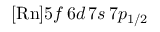
[ \mathrm { R n } ] 5 f \, 6 d \, 7 s \, 7 p _ { 1 / 2 }